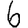
Digit: 6